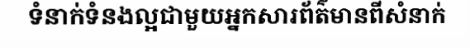
ទំនាក់ទំនងល្អជាមួយអ្នកសារព័ត៌មានពីសំនាក់